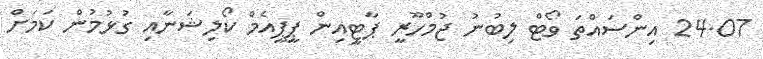
24.07 އިންސައްތަ ވޯޓް ލިބުނު ޖުމްހޫރީ ޕާޓީއިން ޕީޕީއެމް ކޯލިޝަނާއި ގުޅުމުން ކަމަށް